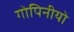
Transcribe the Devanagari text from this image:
गोपिनीयो